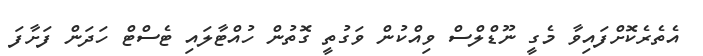
އެތެރެކޮށްފައިވާ މެގީ ނޫޑްލްސް ވިއްކުން ވަގުތީ ގޮތުން ހުއްޓާލައި ޓެސްޓް ހަދަން ފަށާފަ